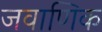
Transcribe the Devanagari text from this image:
जवाणिक